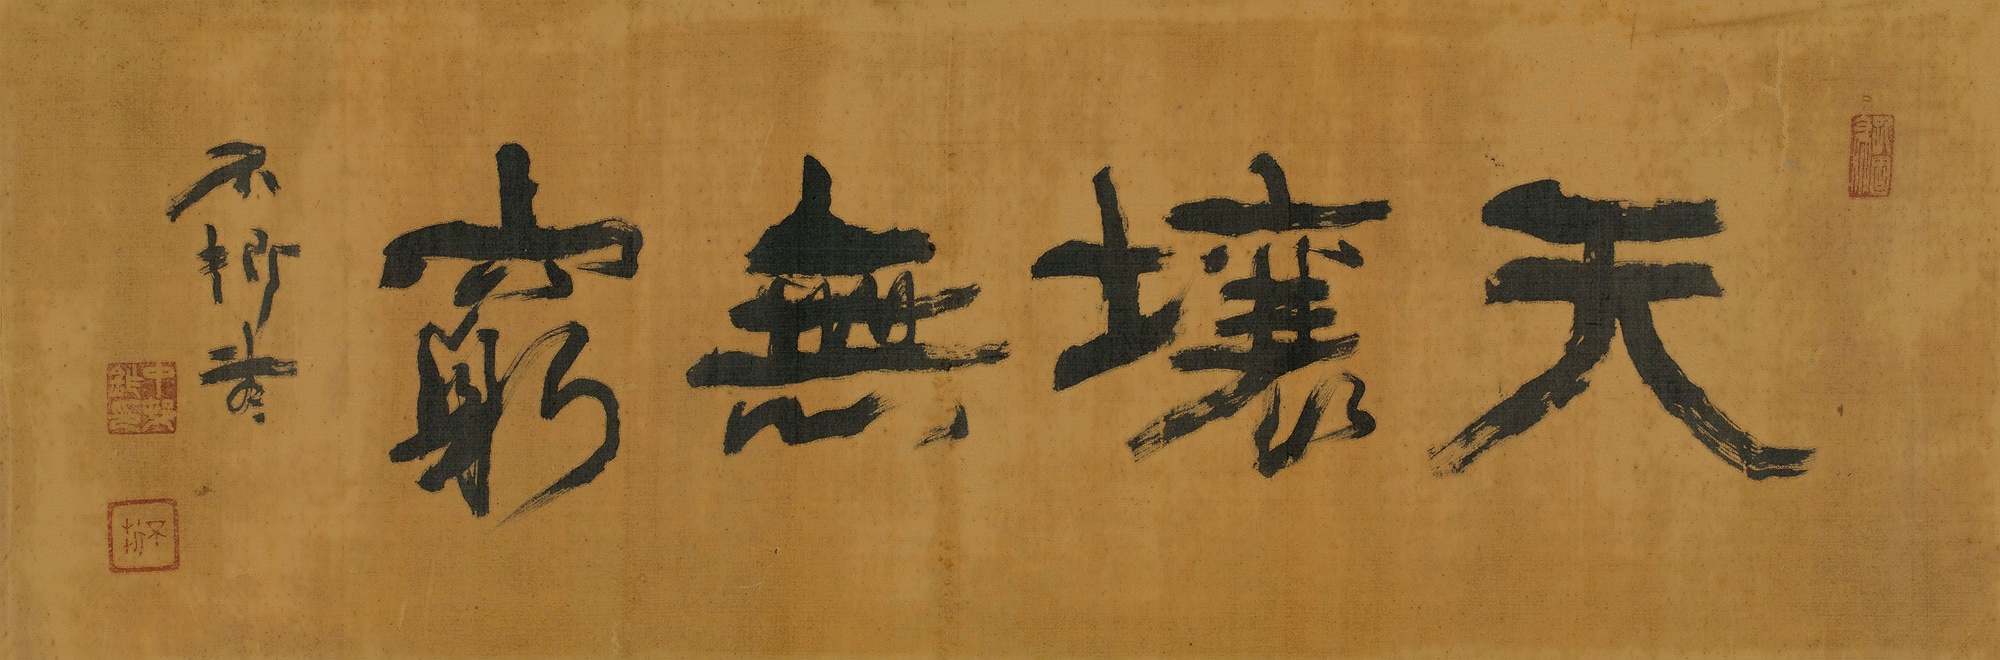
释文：天壤无穷不折书。